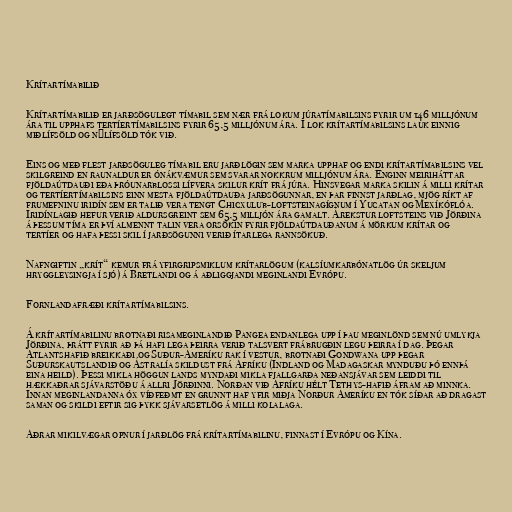
Krítartímabilið

Krítartímabilið er jarðsögulegt tímabil sem nær frá lokum júratímabilsins fyrir um 146 milljónum
ára til upphafs tertíertímabilsins fyrir 65,5 milljónum ára. Í lok krítartímabilsins lauk einnig
miðlífsöld og nýlífsöld tók við.

Eins og með flest jarðsöguleg tímabil eru jarðlögin sem marka upphaf og endi krítartímabilsins vel
skilgreind en raunaldur er ónákvæmur sem svarar nokkrum milljónum ára. Enginn meiriháttar
fjöldaútdauði eða þróunarblossi lífvera skilur krít frá júra. Hinsvegar marka skilin á milli krítar
og tertíertímabilsins einn mesta fjöldaútdauða jarðsögunnar, en þar finnst jarðlag, mjög ríkt af
frumefninu iridín sem er talið vera tengt Chicxulub-loftsteinagígnum í Yucatan og Mexíkóflóa.
Iridínlagið hefur verið aldursgreint sem 65,5 milljón ára gamalt. Árekstur loftsteins við Jörðina
á þessum tíma er því almennt talin vera orsökin fyrir fjöldaútdauðanum á mörkum krítar og
tertíer og hafa þessi skil í jarðsögunni verið ítarlega rannsökuð.

Nafngiftin „krít“ kemur frá yfirgripsmiklum krítarlögum (kalsíumkarbónatlög úr skeljum
hryggleysingja í sjó) á Bretlandi og á aðliggjandi meginlandi Evrópu.

Fornlandafræði krítartímabilsins.

Á krítartímabilinu brotnaði risameginlandið Pangea endanlega upp í þau meginlönd sem nú umlykja
Jörðina, þrátt fyrir að þá hafi lega þeirra verið talsvert frábrugðin legu þeirra í dag. Þegar
Atlantshafið breikkaði og Suður-Ameríku rak í vestur, brotnaði Gondwana upp þegar
Suðurskautslandið og Ástralía skildust frá Afríku (Indland og Madagaskar mynduðu þó ennþá
eina heild). Þessi mikla höggun lands myndaði mikla fjallgarða neðansjávar sem leiddi til
hækkaðrar sjávarstöðu á allri Jörðinni. Norðan við Afríku hélt Tethys-hafið áfram að minnka.
Innan meginlandanna óx víðfeðmt en grunnt haf yfir miðja Norður Ameríku en tók síðar að dragast
saman og skildi eftir sig þykk sjávarsetlög á milli kolalaga.

Aðrar mikilvægar opnur í jarðlög frá krítartímabilinu, finnast í Evrópu og Kína.